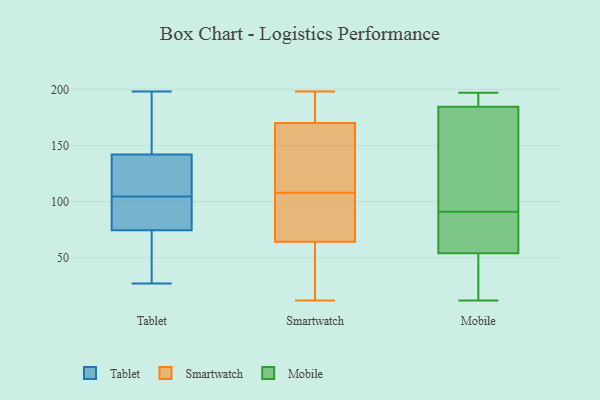
{"axis": {"x": "LTV (USD)", "y": "Value"}, "legend": ["Mobile", "Smartwatch", "Tablet"], "data": [{"x": "", "y": 55, "type": "Tablet"}, {"x": "", "y": 105, "type": "Tablet"}, {"x": "", "y": 139, "type": "Tablet"}, {"x": "", "y": 27, "type": "Tablet"}, {"x": "", "y": 131, "type": "Tablet"}, {"x": "", "y": 67, "type": "Tablet"}, {"x": "", "y": 198, "type": "Tablet"}, {"x": "", "y": 104, "type": "Tablet"}, {"x": "", "y": 90, "type": "Tablet"}, {"x": "", "y": 166, "type": "Tablet"}, {"x": "", "y": 145, "type": "Tablet"}, {"x": "", "y": 82, "type": "Tablet"}, {"x": "", "y": 134, "type": "Smartwatch"}, {"x": "", "y": 152, "type": "Smartwatch"}, {"x": "", "y": 184, "type": "Smartwatch"}, {"x": "", "y": 69, "type": "Smartwatch"}, {"x": "", "y": 176, "type": "Smartwatch"}, {"x": "", "y": 117, "type": "Smartwatch"}, {"x": "", "y": 53, "type": "Smartwatch"}, {"x": "", "y": 198, "type": "Smartwatch"}, {"x": "", "y": 93, "type": "Smartwatch"}, {"x": "", "y": 108, "type": "Smartwatch"}, {"x": "", "y": 63, "type": "Smartwatch"}, {"x": "", "y": 120, "type": "Smartwatch"}, {"x": "", "y": 62, "type": "Smartwatch"}, {"x": "", "y": 77, "type": "Smartwatch"}, {"x": "", "y": 177, "type": "Smartwatch"}, {"x": "", "y": 179, "type": "Smartwatch"}, {"x": "", "y": 18, "type": "Smartwatch"}, {"x": "", "y": 12, "type": "Smartwatch"}, {"x": "", "y": 68, "type": "Smartwatch"}, {"x": "", "y": 162, "type": "Mobile"}, {"x": "", "y": 192, "type": "Mobile"}, {"x": "", "y": 46, "type": "Mobile"}, {"x": "", "y": 197, "type": "Mobile"}, {"x": "", "y": 12, "type": "Mobile"}, {"x": "", "y": 15, "type": "Mobile"}, {"x": "", "y": 150, "type": "Mobile"}, {"x": "", "y": 89, "type": "Mobile"}, {"x": "", "y": 78, "type": "Mobile"}, {"x": "", "y": 194, "type": "Mobile"}, {"x": "", "y": 91, "type": "Mobile"}]}